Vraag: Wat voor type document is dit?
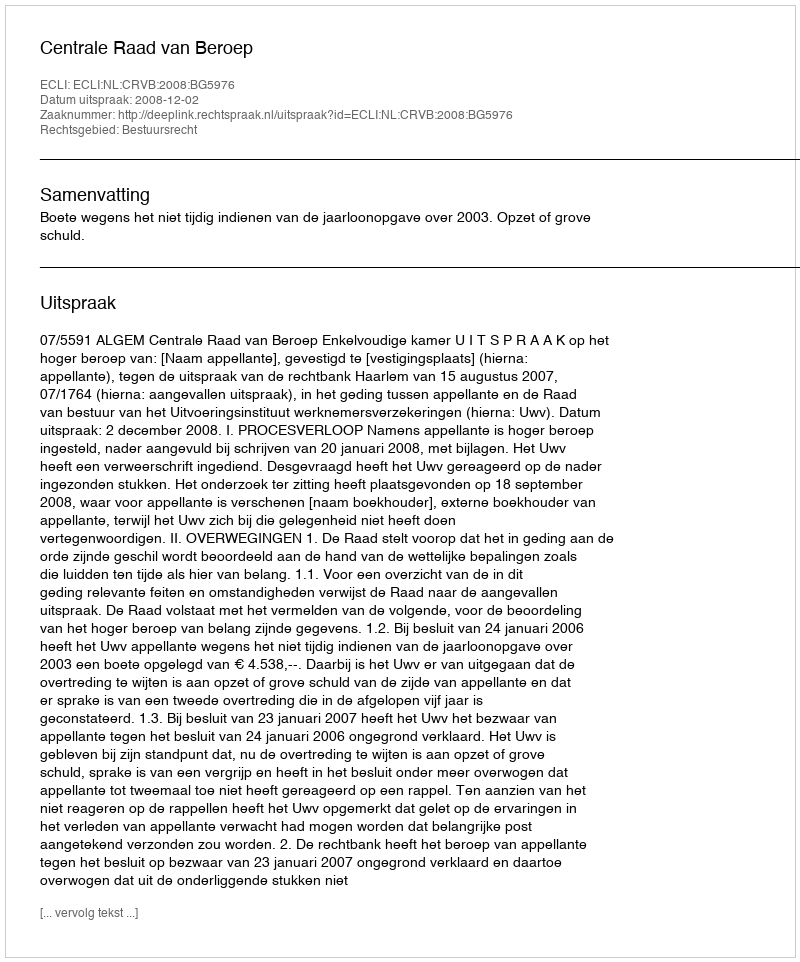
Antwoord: Uitspraak